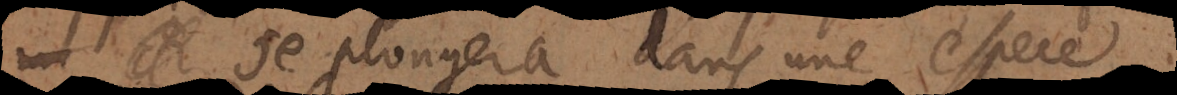
se plongera dans une espece